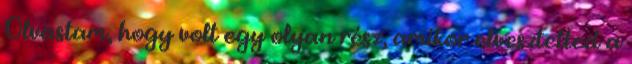
Olvastam, hogy volt egy olyan rész, amikor elvesztetted a